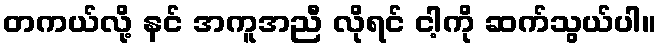
တကယ်လို့ နင် အကူအညီ လိုရင် ငါ့ကို ဆက်သွယ်ပါ။